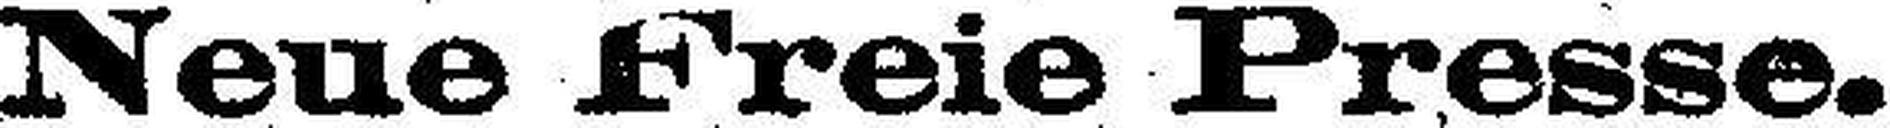
Neue Freie Presse.